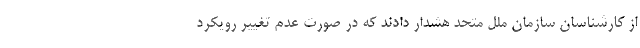
از کارشناسان سازمان ملل متحد هشدار دادند که در صورت عدم تغییر رویکرد